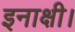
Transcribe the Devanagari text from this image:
इनाक्षी।